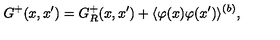
G ^ { + } ( x , x ^ { \prime } ) = G _ { R } ^ { + } ( x , x ^ { \prime } ) + \langle \varphi ( x ) \varphi ( x ^ { \prime } ) \rangle ^ { ( b ) } ,